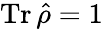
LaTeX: \operatorname{Tr}{\hat{\rho}}=1